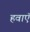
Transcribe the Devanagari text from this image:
हवाऍ